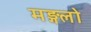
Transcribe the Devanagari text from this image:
मङ्गलो